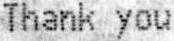
THANK YOU